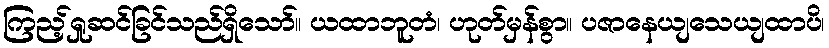
ကြည့်ရှုဆင်ခြင်သည်ရှိသော်။ ယထာဘူတံ၊ ဟုတ်မှန်စွာ။ ပဇာနေယျသေယျထာပိ၊